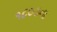
૧૮૦૩ના